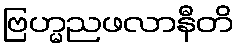
ဗြဟ္မညဖလာနီတိ